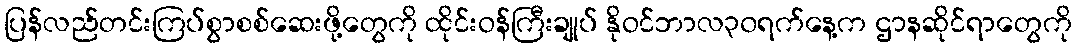
ပြန်လည်တင်းကြပ်စွာစစ်ဆေးဖို့တွေကို ထိုင်းဝန်ကြီးချုပ် နိုဝင်ဘာလ၃၀ရက်နေ့က ဌာနဆိုင်ရာတွေကို